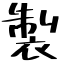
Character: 製